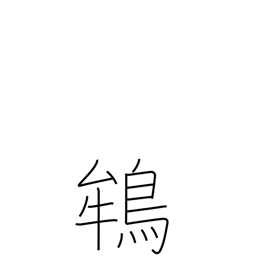
Meaning: crested ibis